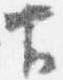
下